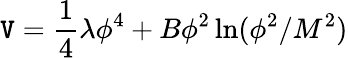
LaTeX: \mathtt{V}={\frac{{1}}{{4}}}\lambda\phi^{4}+B\phi^{2}\ln(\phi^{2}/M^{2})